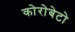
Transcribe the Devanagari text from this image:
कोरोबेटो